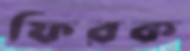
ফিরক